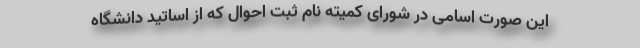
این صورت اسامی در شورای کمیته نام ثبت احوال که از اساتید دانشگاه